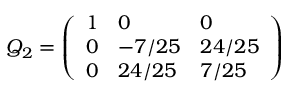
Q _ { 2 } = { \left( \begin{array} { l l l } { 1 } & { 0 } & { 0 } \\ { 0 } & { - 7 / 2 5 } & { 2 4 / 2 5 } \\ { 0 } & { 2 4 / 2 5 } & { 7 / 2 5 } \end{array} \right) }